Investigations on Bengal jail dietaries - Number 37
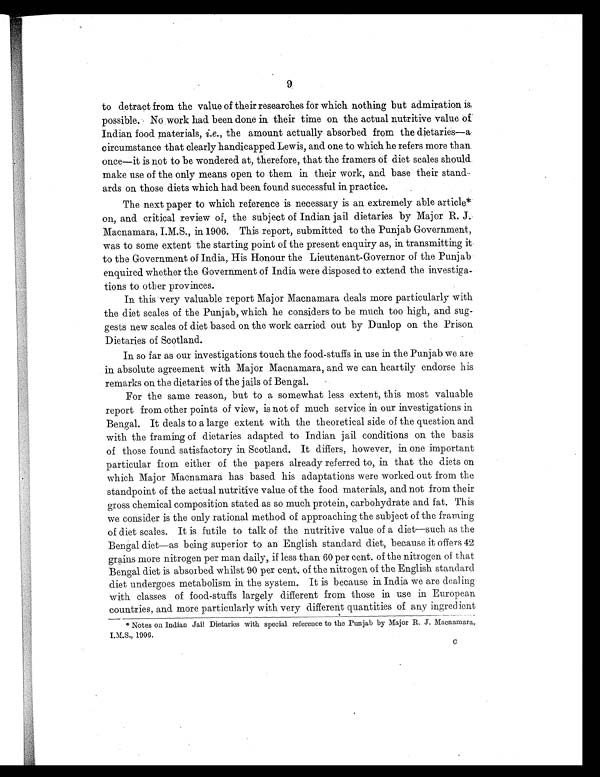
9
to detract from the value of their researches for which nothing but admiration is,
possible. No work had been done in their time on the actual nutritive value of
Indian food materials, i.e., the amount actually absorbed from the dietaries—a
circumstance that clearly handicapped Lewis, and one to which he refers more than.
once—it is not to be wondered at, therefore, that the framers of diet scales should.
make use of the only means open to them in their work, and base their stand-
ards on those diets which had been found successful in practice.
The next paper to which reference is necessary is an extremely able article*
on, and critical review of, the subject of Indian jail dietaries by Major R. J.
Macnamara, I.M.S., in 1906. This report, submitted to the Punjab Government,
was to some extent the starting point of the present enquiry as, in transmitting it
to the Government of India, His Honour the Lieutenant-Governor of the Punjab
enquired whether the Government of India were disposed to extend the investiga
tions to other provinces.
In this very valuable report Major Macnamara deals more particularly with
the diet scales of the Punjab, which he considers to be much too high, and sug-
gests new scales of diet based on the work carried out by Dunlop on the Prison
Dietaries of Scotland.
In so far as our investigations touch the food-stuffs in use in the Punjab we are
in absolute agreement with Major Macnamara, and we can heartily endorse his
remarks on the dietaries of the jails of Bengal.
For the same reason, but to a somewhat less extent, this most valuable
report from other points of view, is not of much service in our investigations in
Bengal. It deals to a large extent with the theoretical side of the question and
with the framing of dietaries adapted to Indian jail conditions on the basis
of those found satisfactory in Scotland. It differs, however, in one important
particular from either of the papers already referred to, in that the diets on
which Major Macnamara has based his adaptations were worked out from the
standpoint of the actual nutritive value of the food materials, and not from their
gross chemical composition stated as so much protein, carbohydrate and fat. This
we consider is the only rational method of approaching the subject of the framing
of diet scales. It is futile to talk of the nutritive value of a diet—such as the
Bengal diet—as being superior to an English standard diet, because it offers 42
grains more nitrogen per man daily, if less than 60 per cent. of the nitrogen of that
Bengal diet is absorbed whilst 90 per cent, of the nitrogen of the English standard
diet undergoes metabolism in the system. It is because in India we are dealing
with classes of food-stuffs largely different from those in use in European
countries, and more particularly with very different quantities of any ingredient
* Notes on Indian Jail Dietaries with special reference to the Punjab by Major R. J. Macnamara,.
I.M.S., 1906.